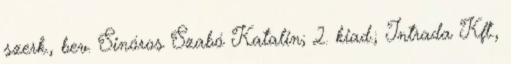
szerk., bev. Sinóros Szabó Katalin; 2. kiad.; Intrada Kft.,